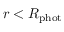
r < R _ { \mathrm { p h o t } }